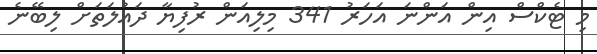
މި ޓެކްސް އިން އަންނަ އަހަރު 341 މިލިއަން ރުފިޔާ ދައުލަތަށް ލިބޭނެ